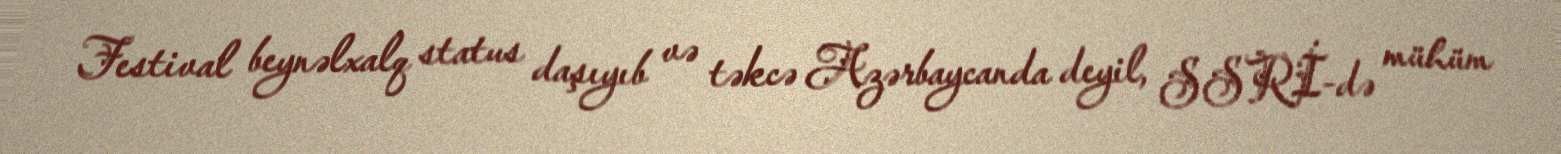
Festival beynəlxalq status daşıyıb və təkcə Azərbaycanda deyil, SSRİ-də mühüm